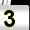
Digit: 3